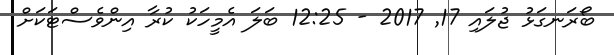
ބޯރަނގަޅު ޖުލައި 17